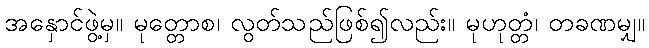
အနှောင်ဖွဲ့မှ။ မုတ္တောစ၊ လွတ်သည်ဖြစ်၍လည်း။ မုဟုတ္တံ၊ တခဏမျှ။